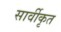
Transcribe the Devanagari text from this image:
सार्वीकृत